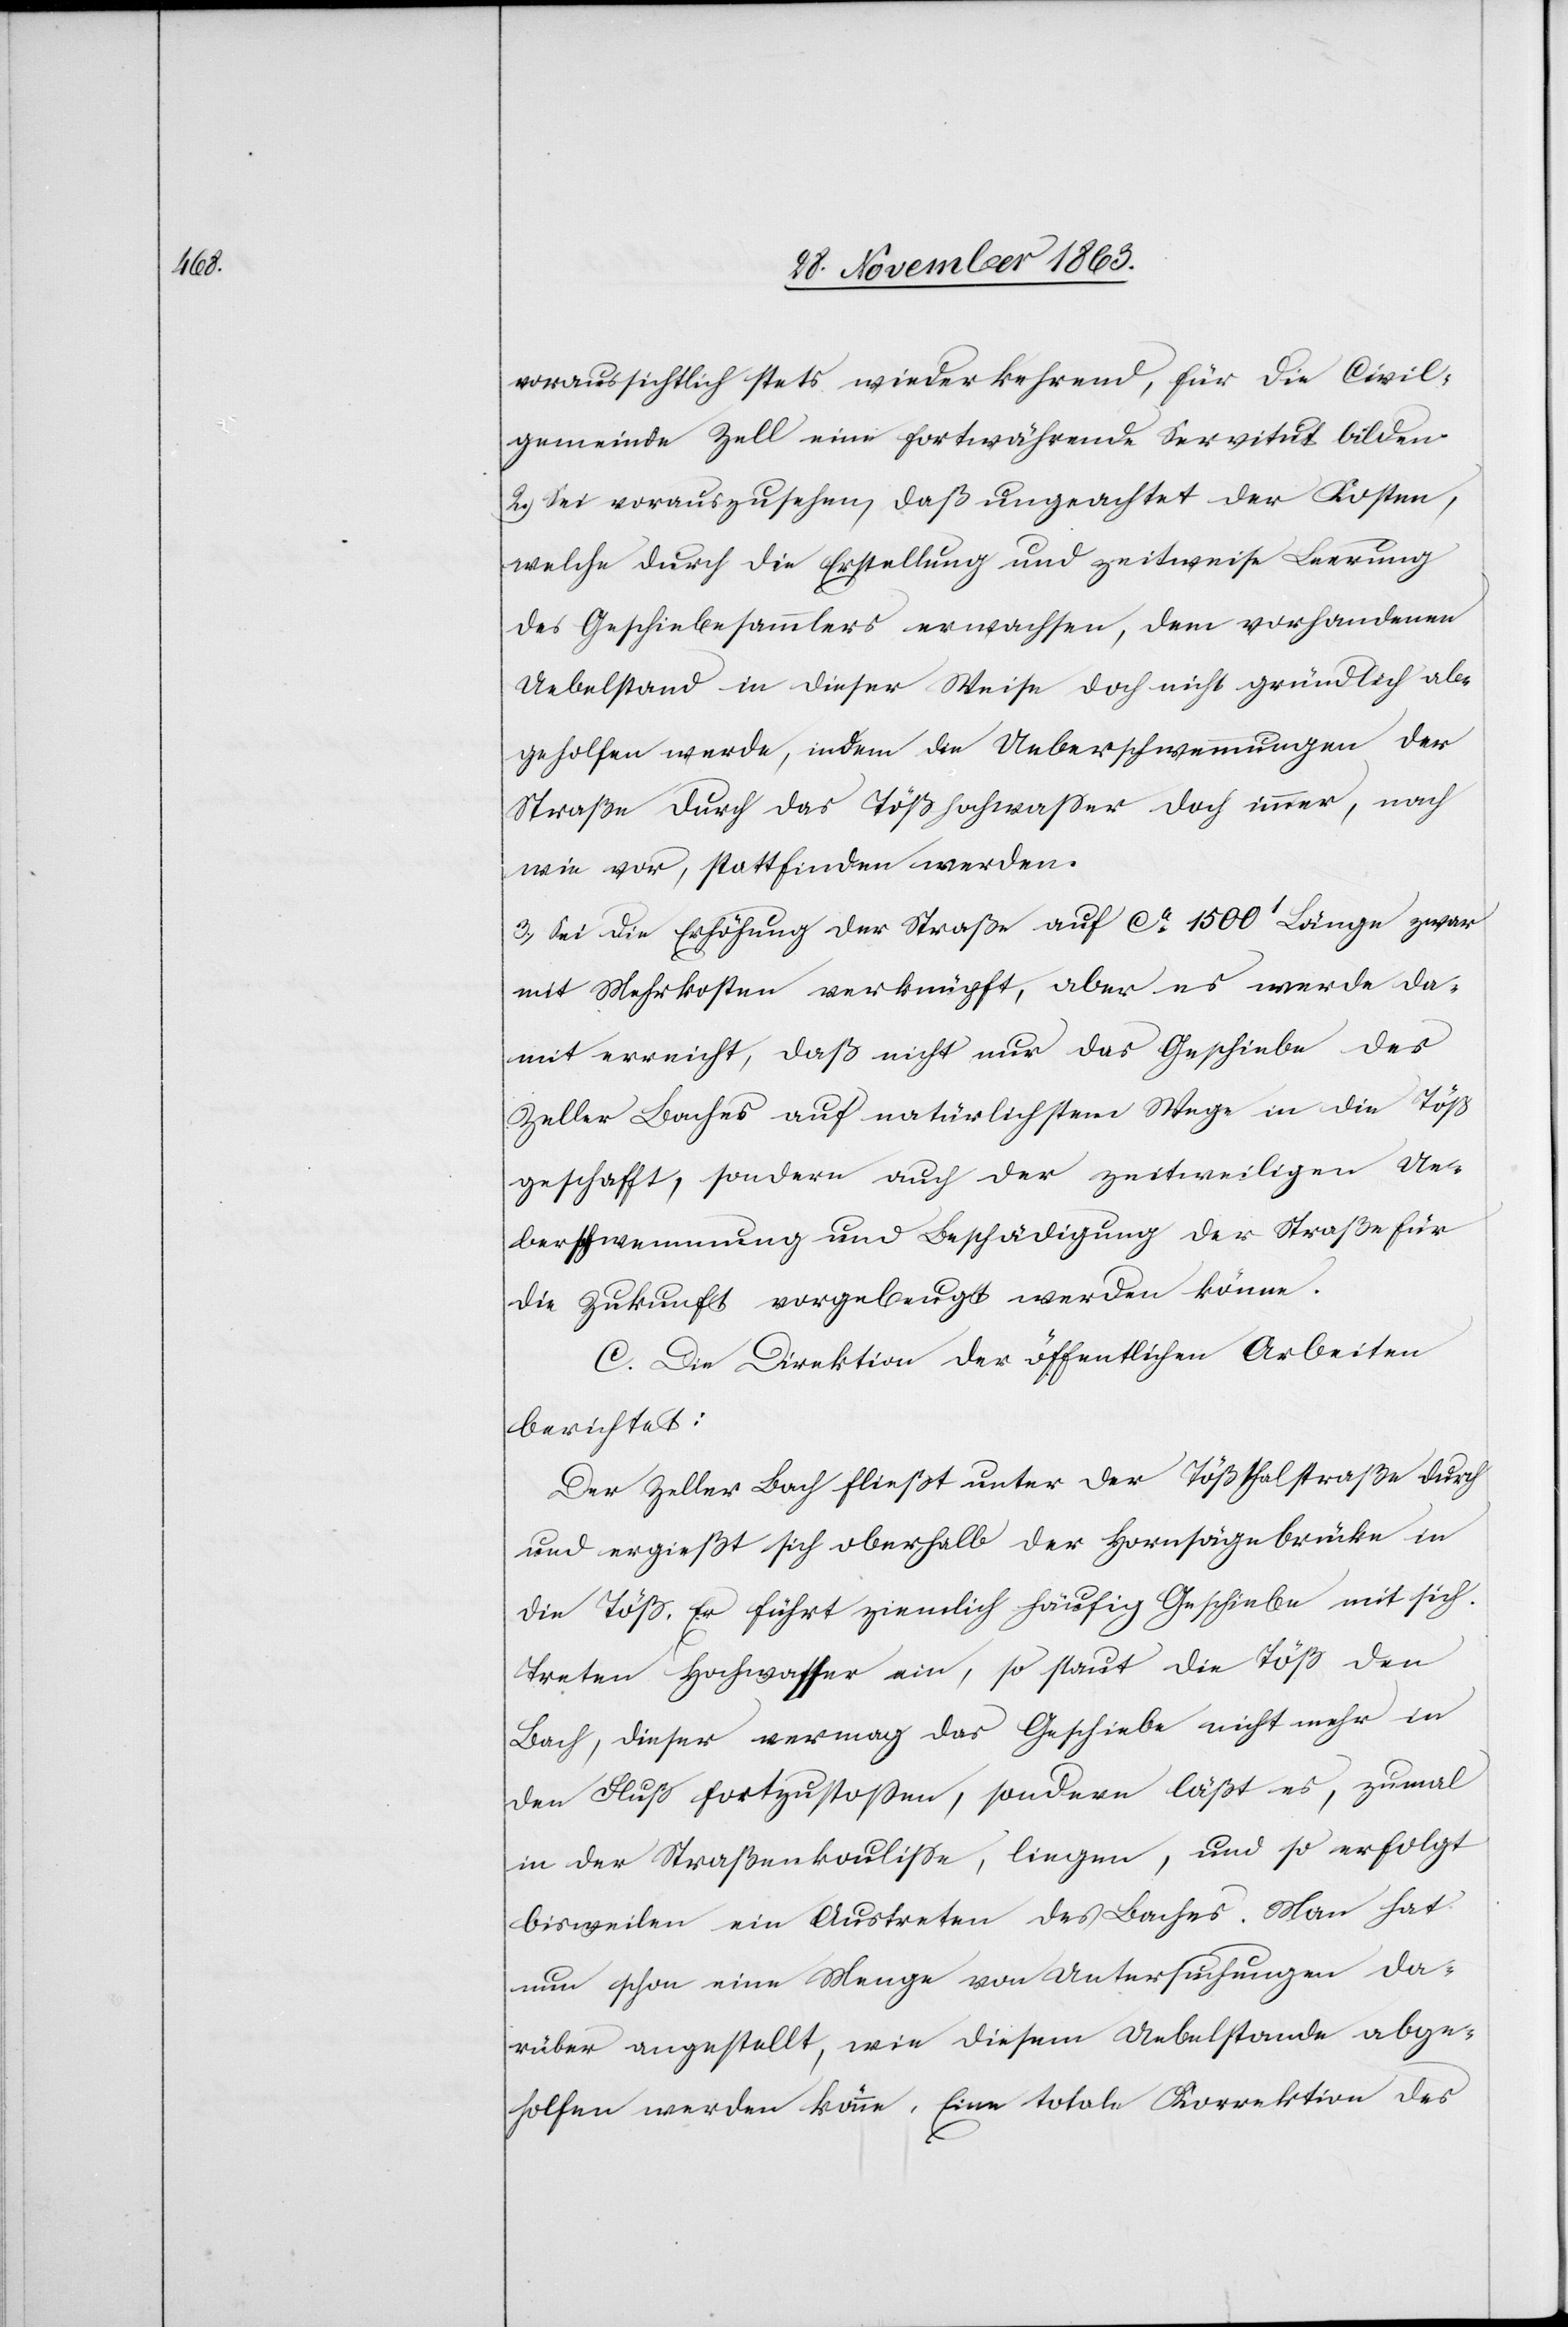
voraussichtlich stets wiederkehrend, für die Civil¬
gemeinde Zell eine fortwährende Servitut bilden.
2.) Sei vorauszusehen, daß ungeachtet der Kosten,
welche durch die Erstellung und zeitweise Leerung
des Geschiebesammlers erwachsen, dem vorhandenen
Uebelstand in dieser Weise doch nicht gründlich ab¬
geholfen werde, indem die Ueberschwemmungen der
Straße durch das Tößhochwasser doch immer, nach
wie vor, stattfinden werden.
3.) Sei die Erhöhung der Straße auf ca 1500' Länge zwar
mit Mehrkosten verknüpft, aber es werde da¬
mit erreicht, daß nicht nur das Geschiebe des
Zeller Baches auf natürlichstem Wege in die Töß
geschafft, sondern auch der zeitweiligen Ue¬
berschwemmung und Beschädigung der Straße für
die Zukunft vorgebeugt werden könne.
C. Die Direktion der öffentlichen Arbeiten
berichtet:
Der Zeller Bach fließt unter der Tößthalstraße durch
und ergießt sich oberhalb der Hornsägebrücke in
die Töß. Er führt ziemlich häufig Geschiebe mit sich.
Treten Hochwasser ein, so staut die Töß den
Bach, dieser vermag das Geschiebe nicht mehr in
den Fluß fortzustossen, sondern läßt es, zumal
in der Straßenkoulisse, liegen, und so erfolgt
bisweilen ein Austreten des Baches. Man hat
nun schon eine Menge von Untersuchungen da¬
rüber angestellt, wie diesem Uebelstande abge¬
holfen werden könne. Eine totale Korrektion des